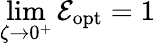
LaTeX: \operatorname*{lim}_{\zeta\to 0^{+}}\mathcal E_{\mathrm{opt}}=1